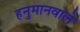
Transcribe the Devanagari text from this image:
हनुमानवाले